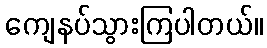
ကျေနပ်သွားကြပါတယ်။